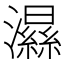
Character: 𤂽